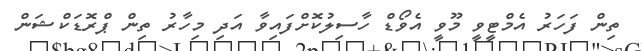
ތިން ފަހަރު އެމްޓީވީ މޫވީ އެވޯޑް ހާސިލުކޮށްފައިވާ އަދި މިހާރު ތިން ޕްރޮޑަކްޝަން